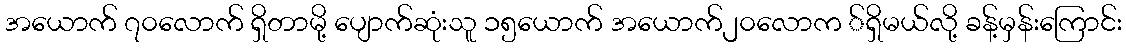
အယောက် ၇၀လောက် ရှိတာမို့ ပျောက်ဆုံးသူ ၁၅ယောက် အယောက်၂၀လောက ်ရှိမယ်လို့ ခန့်မှန်းကြောင်း